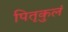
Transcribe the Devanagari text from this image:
पितृकुलं